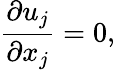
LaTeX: \frac{\partial u_{j}}{\partial x_{j}}=0,